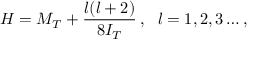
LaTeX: H = M _ { T } + { \frac { l ( l + 2 ) } { 8 I _ { T } } } \, , \, \, \, \, l = 1 , 2 , 3 \dots ,